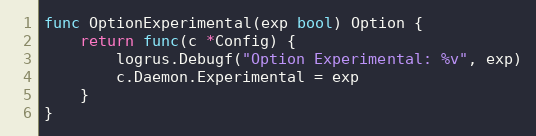
Language: Go
func OptionExperimental(exp bool) Option {
	return func(c *Config) {
		logrus.Debugf("Option Experimental: %v", exp)
		c.Daemon.Experimental = exp
	}
}